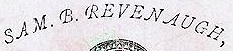
SAM. B. REVEN AUGH,